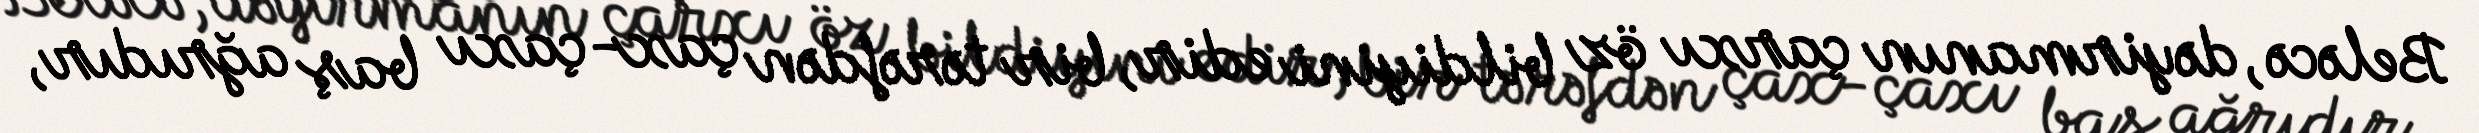
Beləcə, dəyirmanın çarxı öz bildiyini edir, bir tərəfdən çax-çaxı baş ağrıdır,